Jaan_Tonisson_(Lasteleht), lk 120
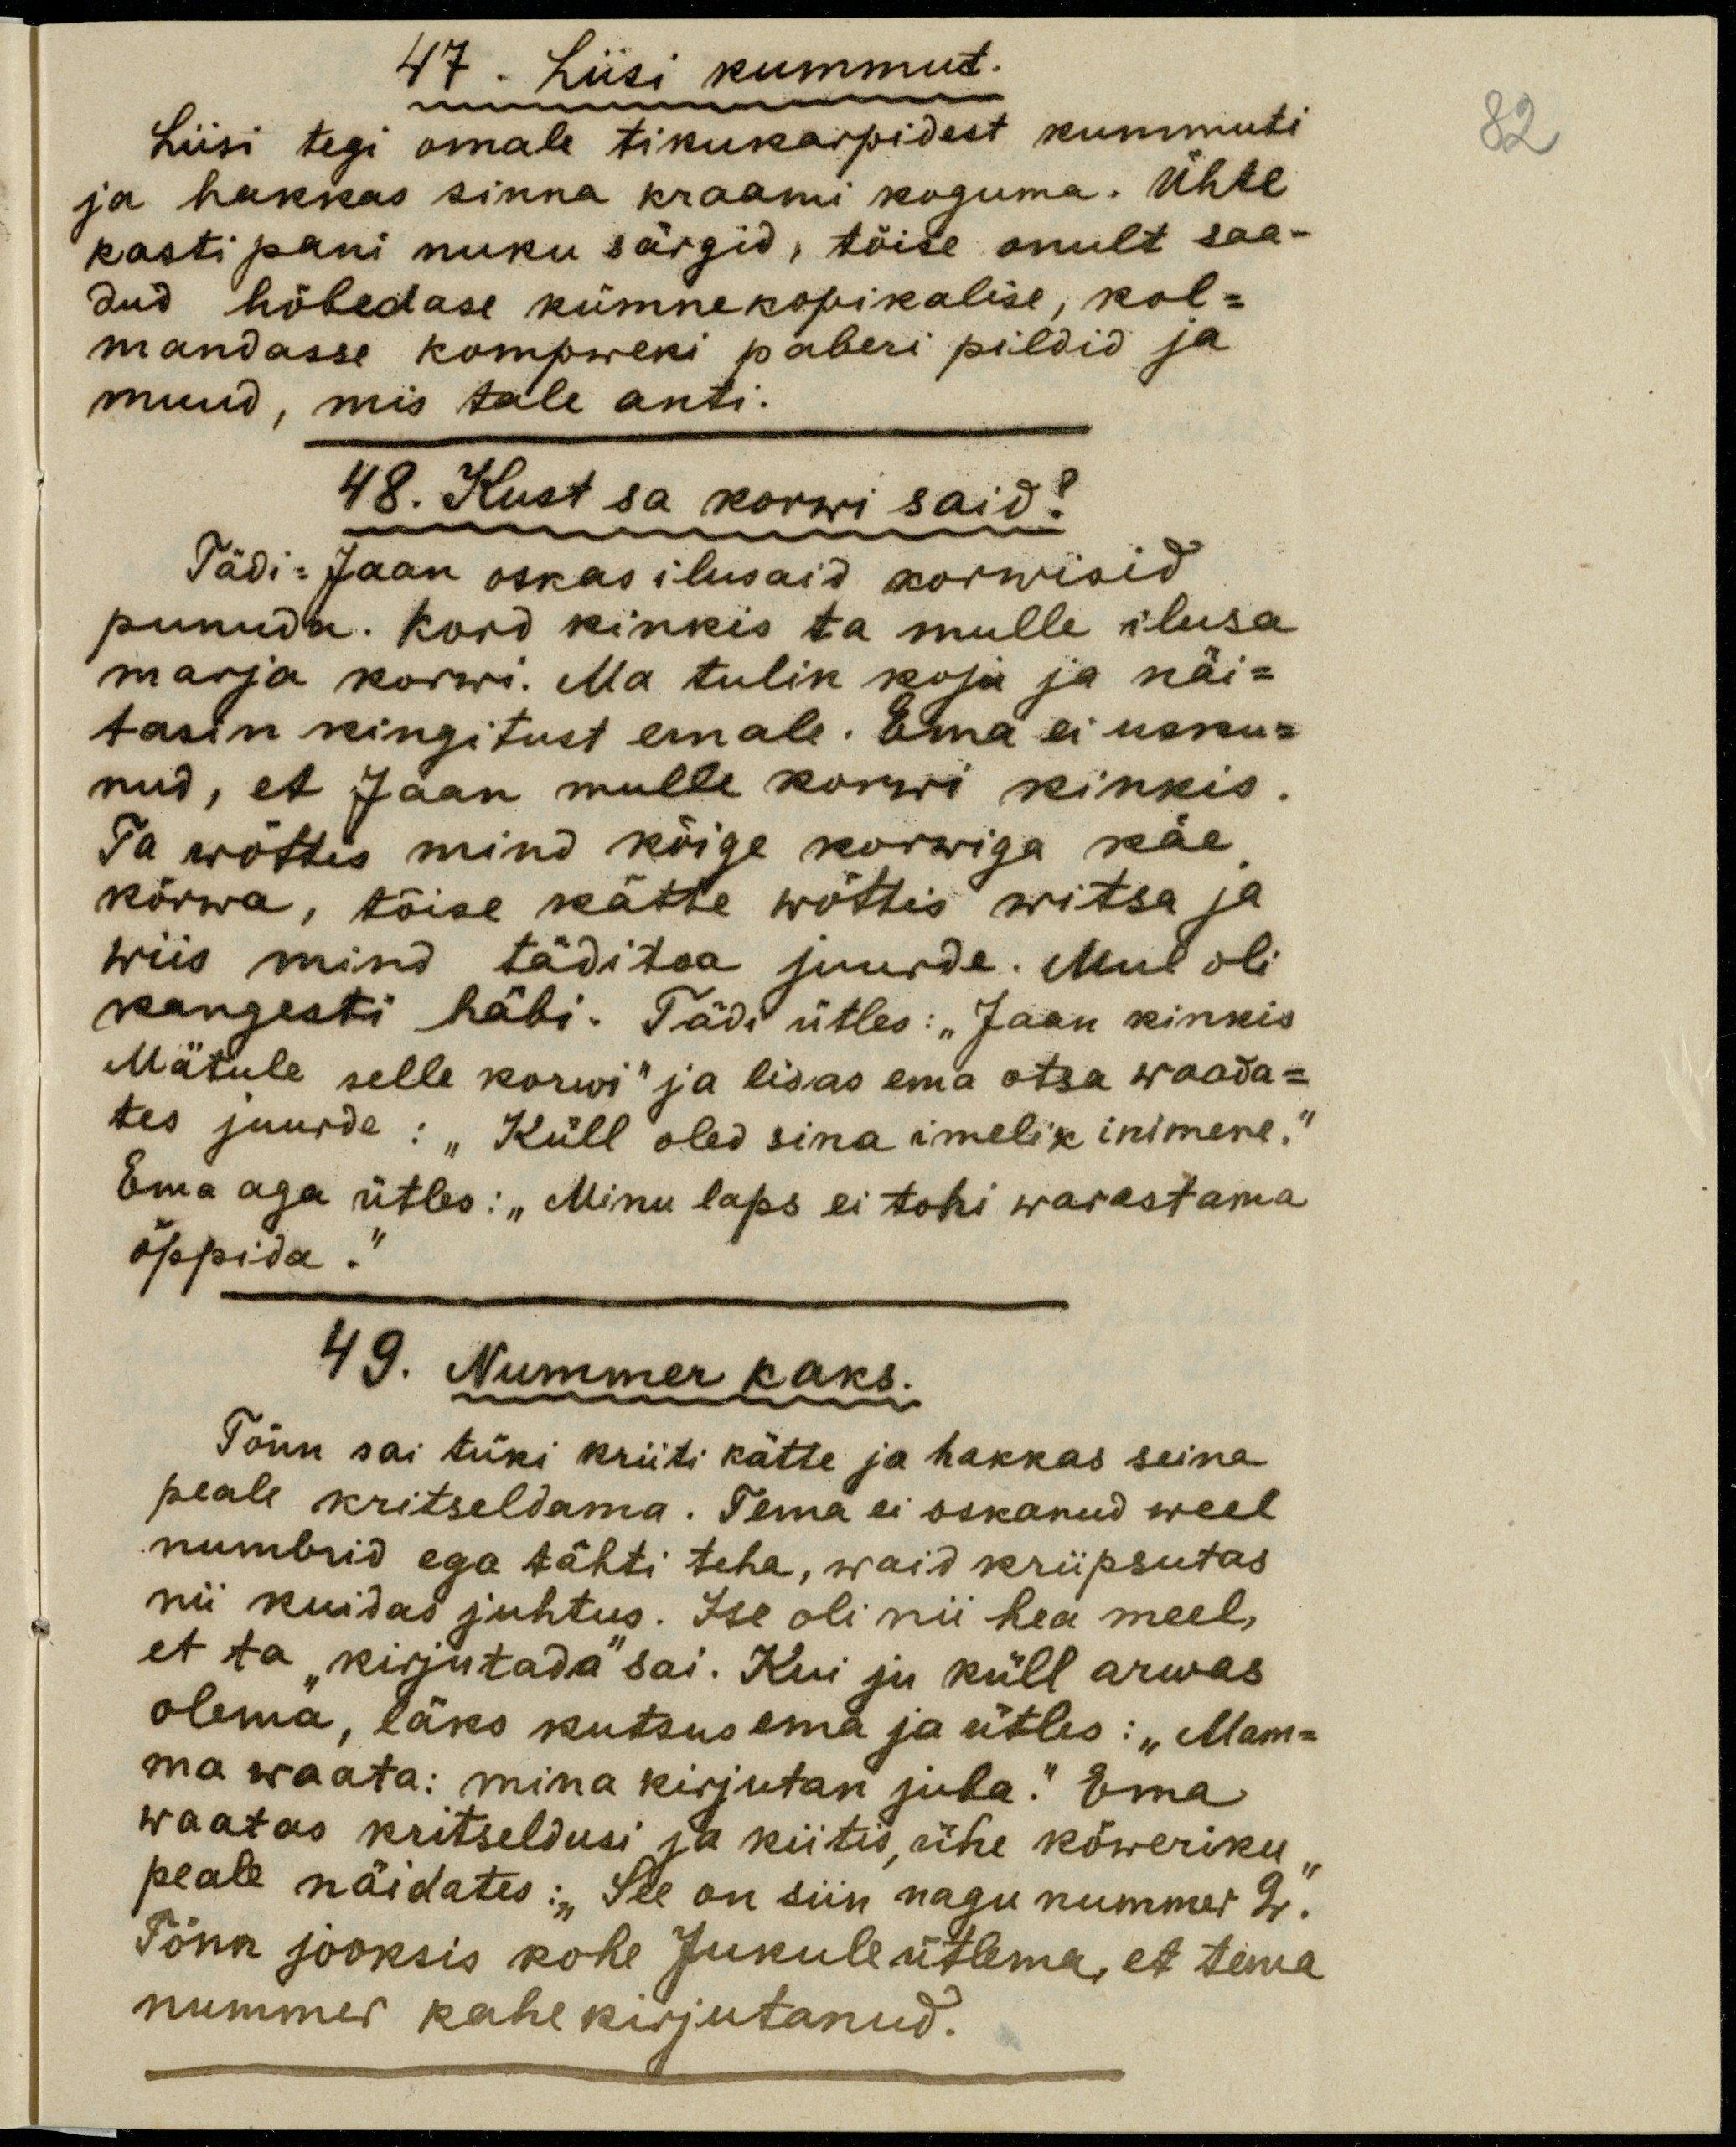
47. Liisi kummut.
Liisi tegi omale tikukarpidest kummuti
ja hakkas sinna kraami koguma. Ühte
kasti pani nuku särgid, töise anult saa-
dud hõbedase kümnekopikalise, kol-
mandasse kompweki paberi pildid ja
muud, mis tale anti.
48. Kust sa korwi said?
Tädi: Jaan oskas ilusaid korwisid
punuda. Kord kinkis ta mulle ilusa
marja korwi. Ma tulin koju ja näi-
tasin kingitust emale. Ema ei usku-
nud, et Jaan mulle korwi kinkis.
Ta wõttis mind kõige korwiga käe
kõrwa, tõise kätte wõttis witsa ja
wiis mind täditoa juurde. Mul oli
kangesti häbi. Tädi ütles: "Jaan kinkis
Mätule selle korvi" ja lisas ema otsa waada-
tes juurde: "Küll oled sina imelik inimene."
Ema aga ütles: "Minu laps ei tohi warastama
õppida."
49. Nummer kaks.
Tõnn sai tüki kriiti kätte ja hakkas seina
peale kritseldama. Tema ei oskanud weel
numbrid ega tähti teha, waid kriipsutas
nii kuidas juhtus. Ise oli nii hea meel,
et ta "kirjutada" sai. Kui ju küll arwas
olema, läks kutsus ema ja ütles. "Mam-
ma waata: mina kirjutan juba." Ema
waatas kritseldusi ja kiitis, ühe kõweriku
peale näidates: "See on siin nagu nummer 2."
Tõnn jooksis kohe Jukule ütlema, et tema
nummer kahe kirjutanud.
82